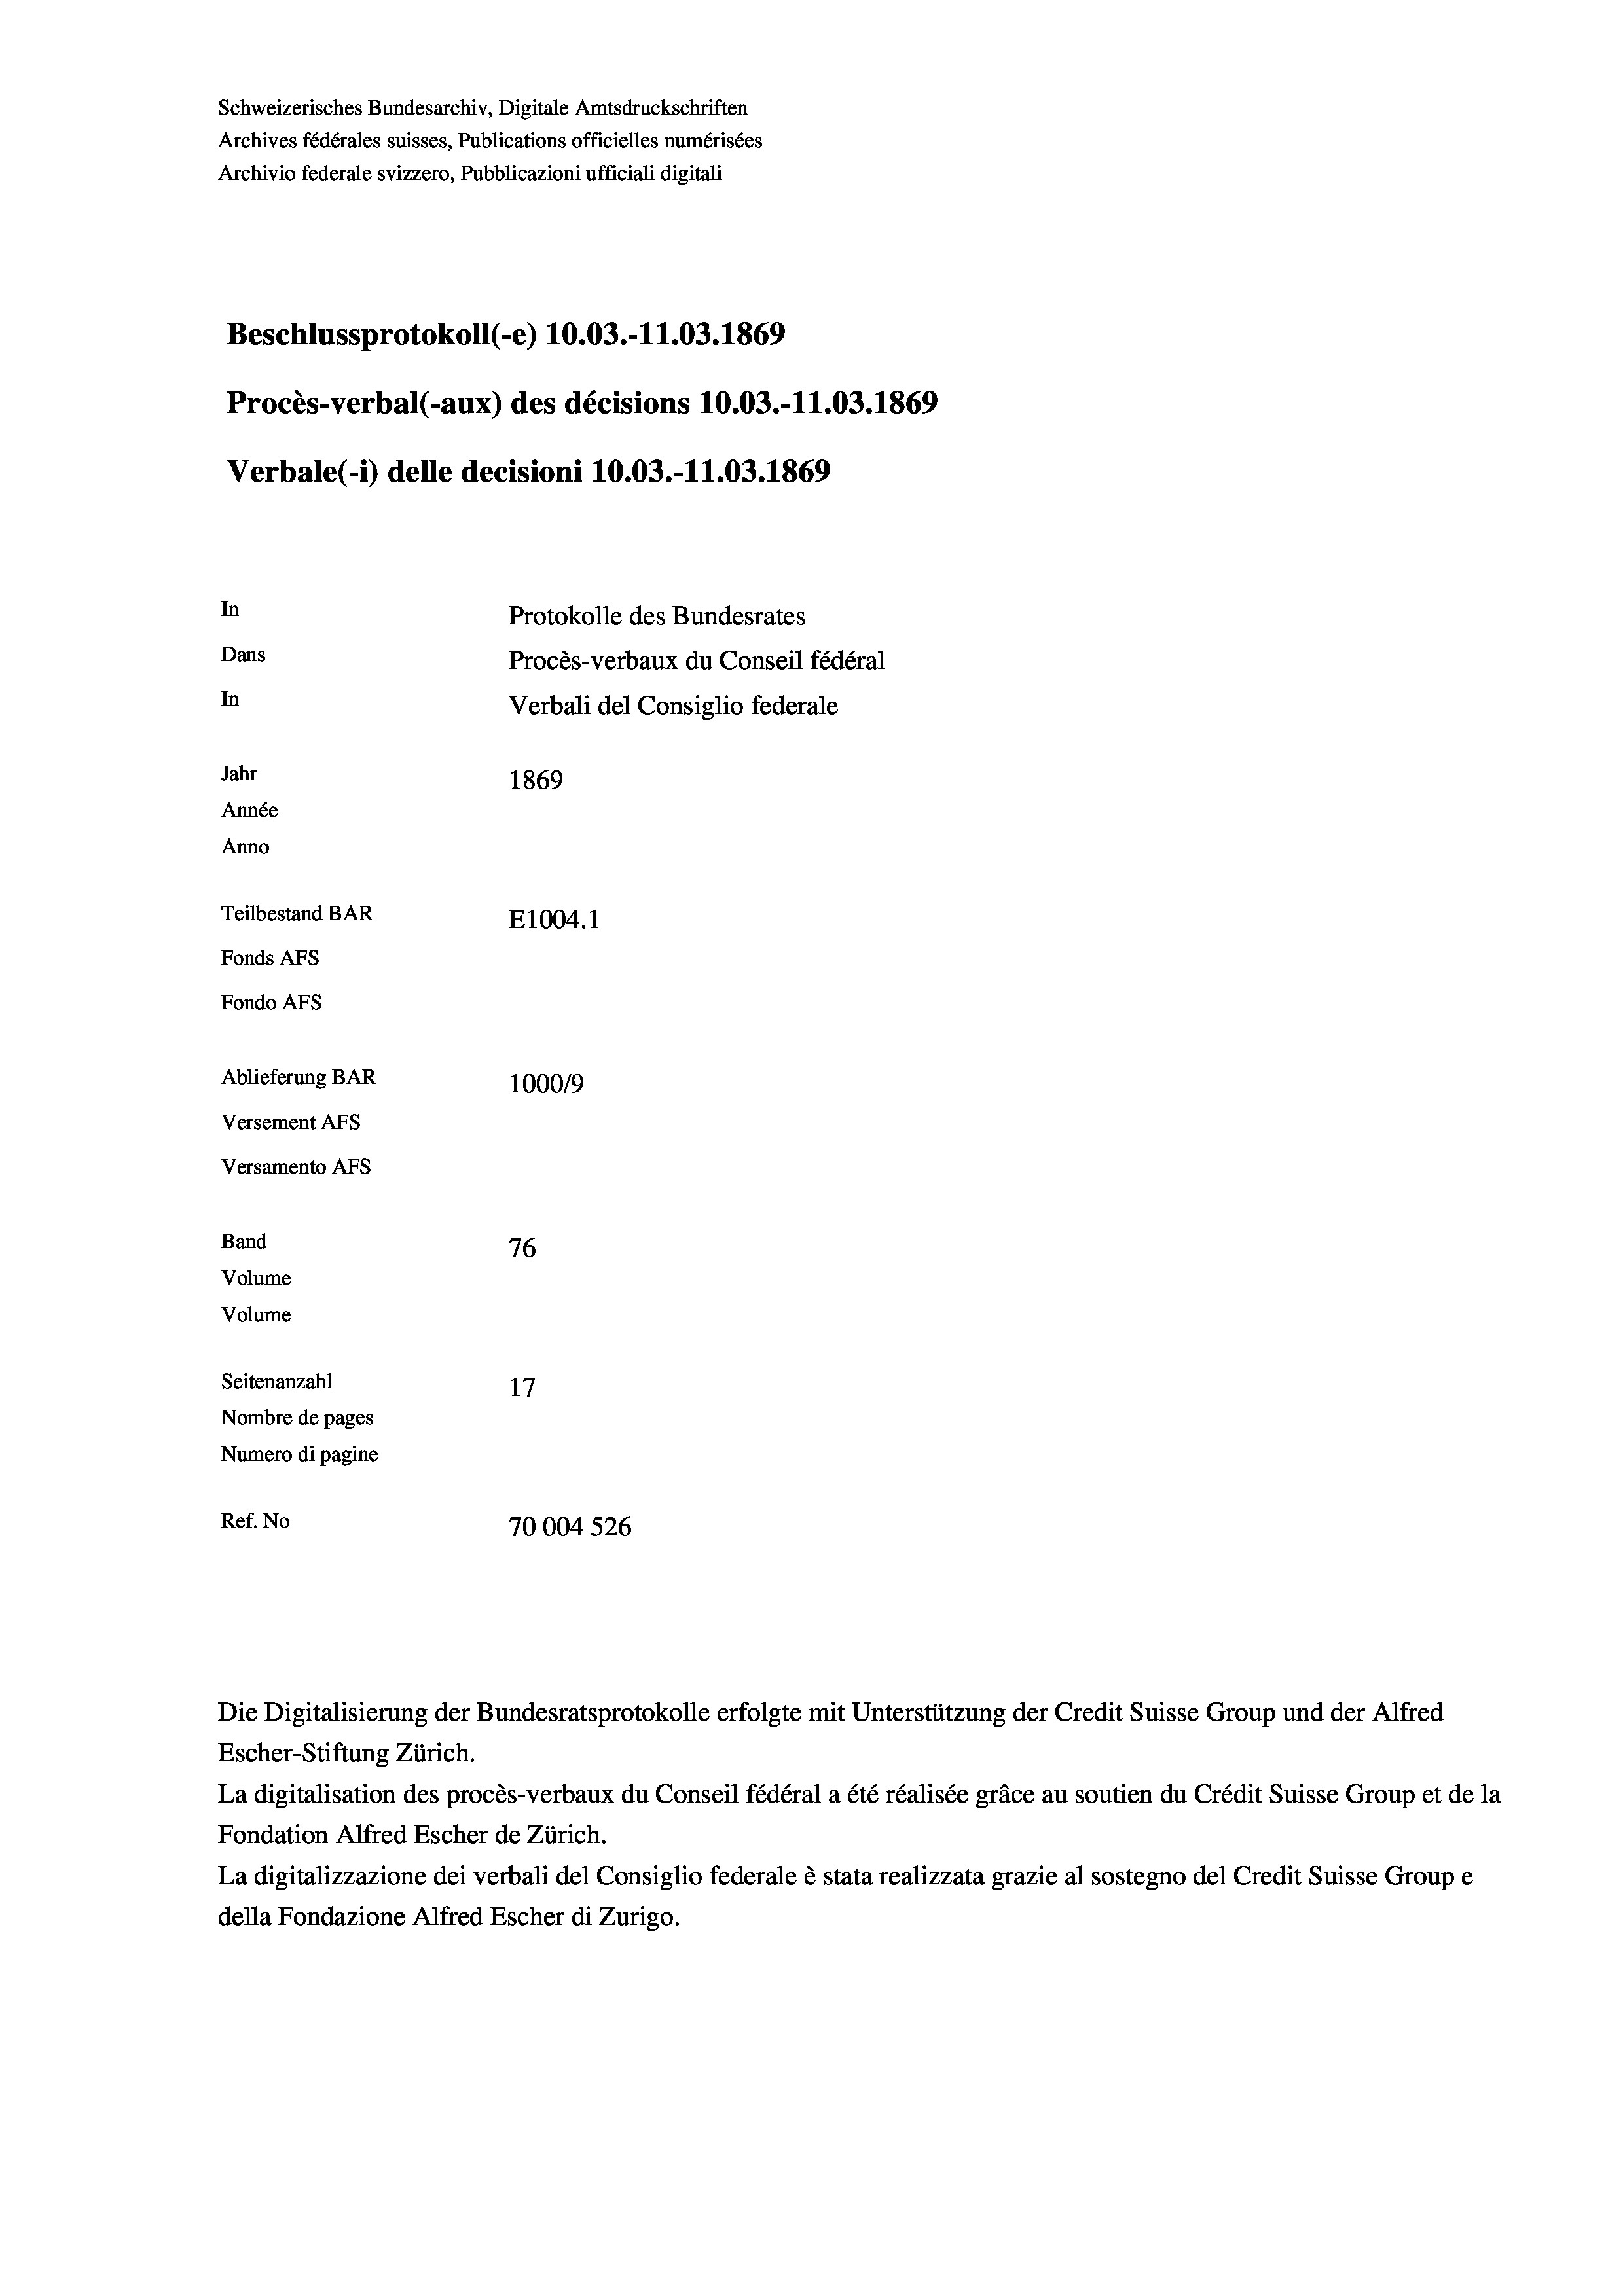
Schweizerisches Bundesarchiv, Digitale Amtsdruckschriften
Archives fédérales suisses, Publications officielles numérisées
Archivio federale svizzero, Pubblicazioni ufficiali digitali
Beschlussprotokoll (-e) 10.03.-11.03. 1869
Procès-verbal (-aux) des décisions 10.03.-11.03. 1869
Verbale (- 1) delle decisioni 10.03.-11.03. 1869
In
Protokolle des Bundesrates
Dans
Procès-verbaux du Conseil fédéral
In
Verbali del Consiglio federale
Jahr
1869
Année
Anno
Teilbestand BAR
E1004.1
Fonds AFs
Fondo AFS
Ablieferung BAR
100019
Versement As
Versamento AFs

76
Seitenanzahl
17
Nombre de pages
Numero di pagine
Ref. No
70004 526

Band
Volume
Volume

Escher-Stiftung Zürich.
La digitalisation des procès-verbaux du Conseil fédéral a été réalisée gräce au soutien du Crédit Suisse Group et de la
Fondation Alfred Escher de Zürich.
La digitalizzazione dei verbali del Consiglio federale è stata realizzata grazie al sostegno del Credit Suisse Groupe
della Fondazione Alfred Escher di Zurigo.

Die Digitalisierung der Bundesratsprotokolle erfolgte mit Unterstützung der Credit Suisse Group und der Alfred